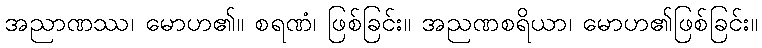
အညာဏဿ၊ မောဟ၏။ စရဏံ၊ ဖြစ်ခြင်း။ အညဏစရိယာ၊ မောဟ၏ဖြစ်ခြင်း။